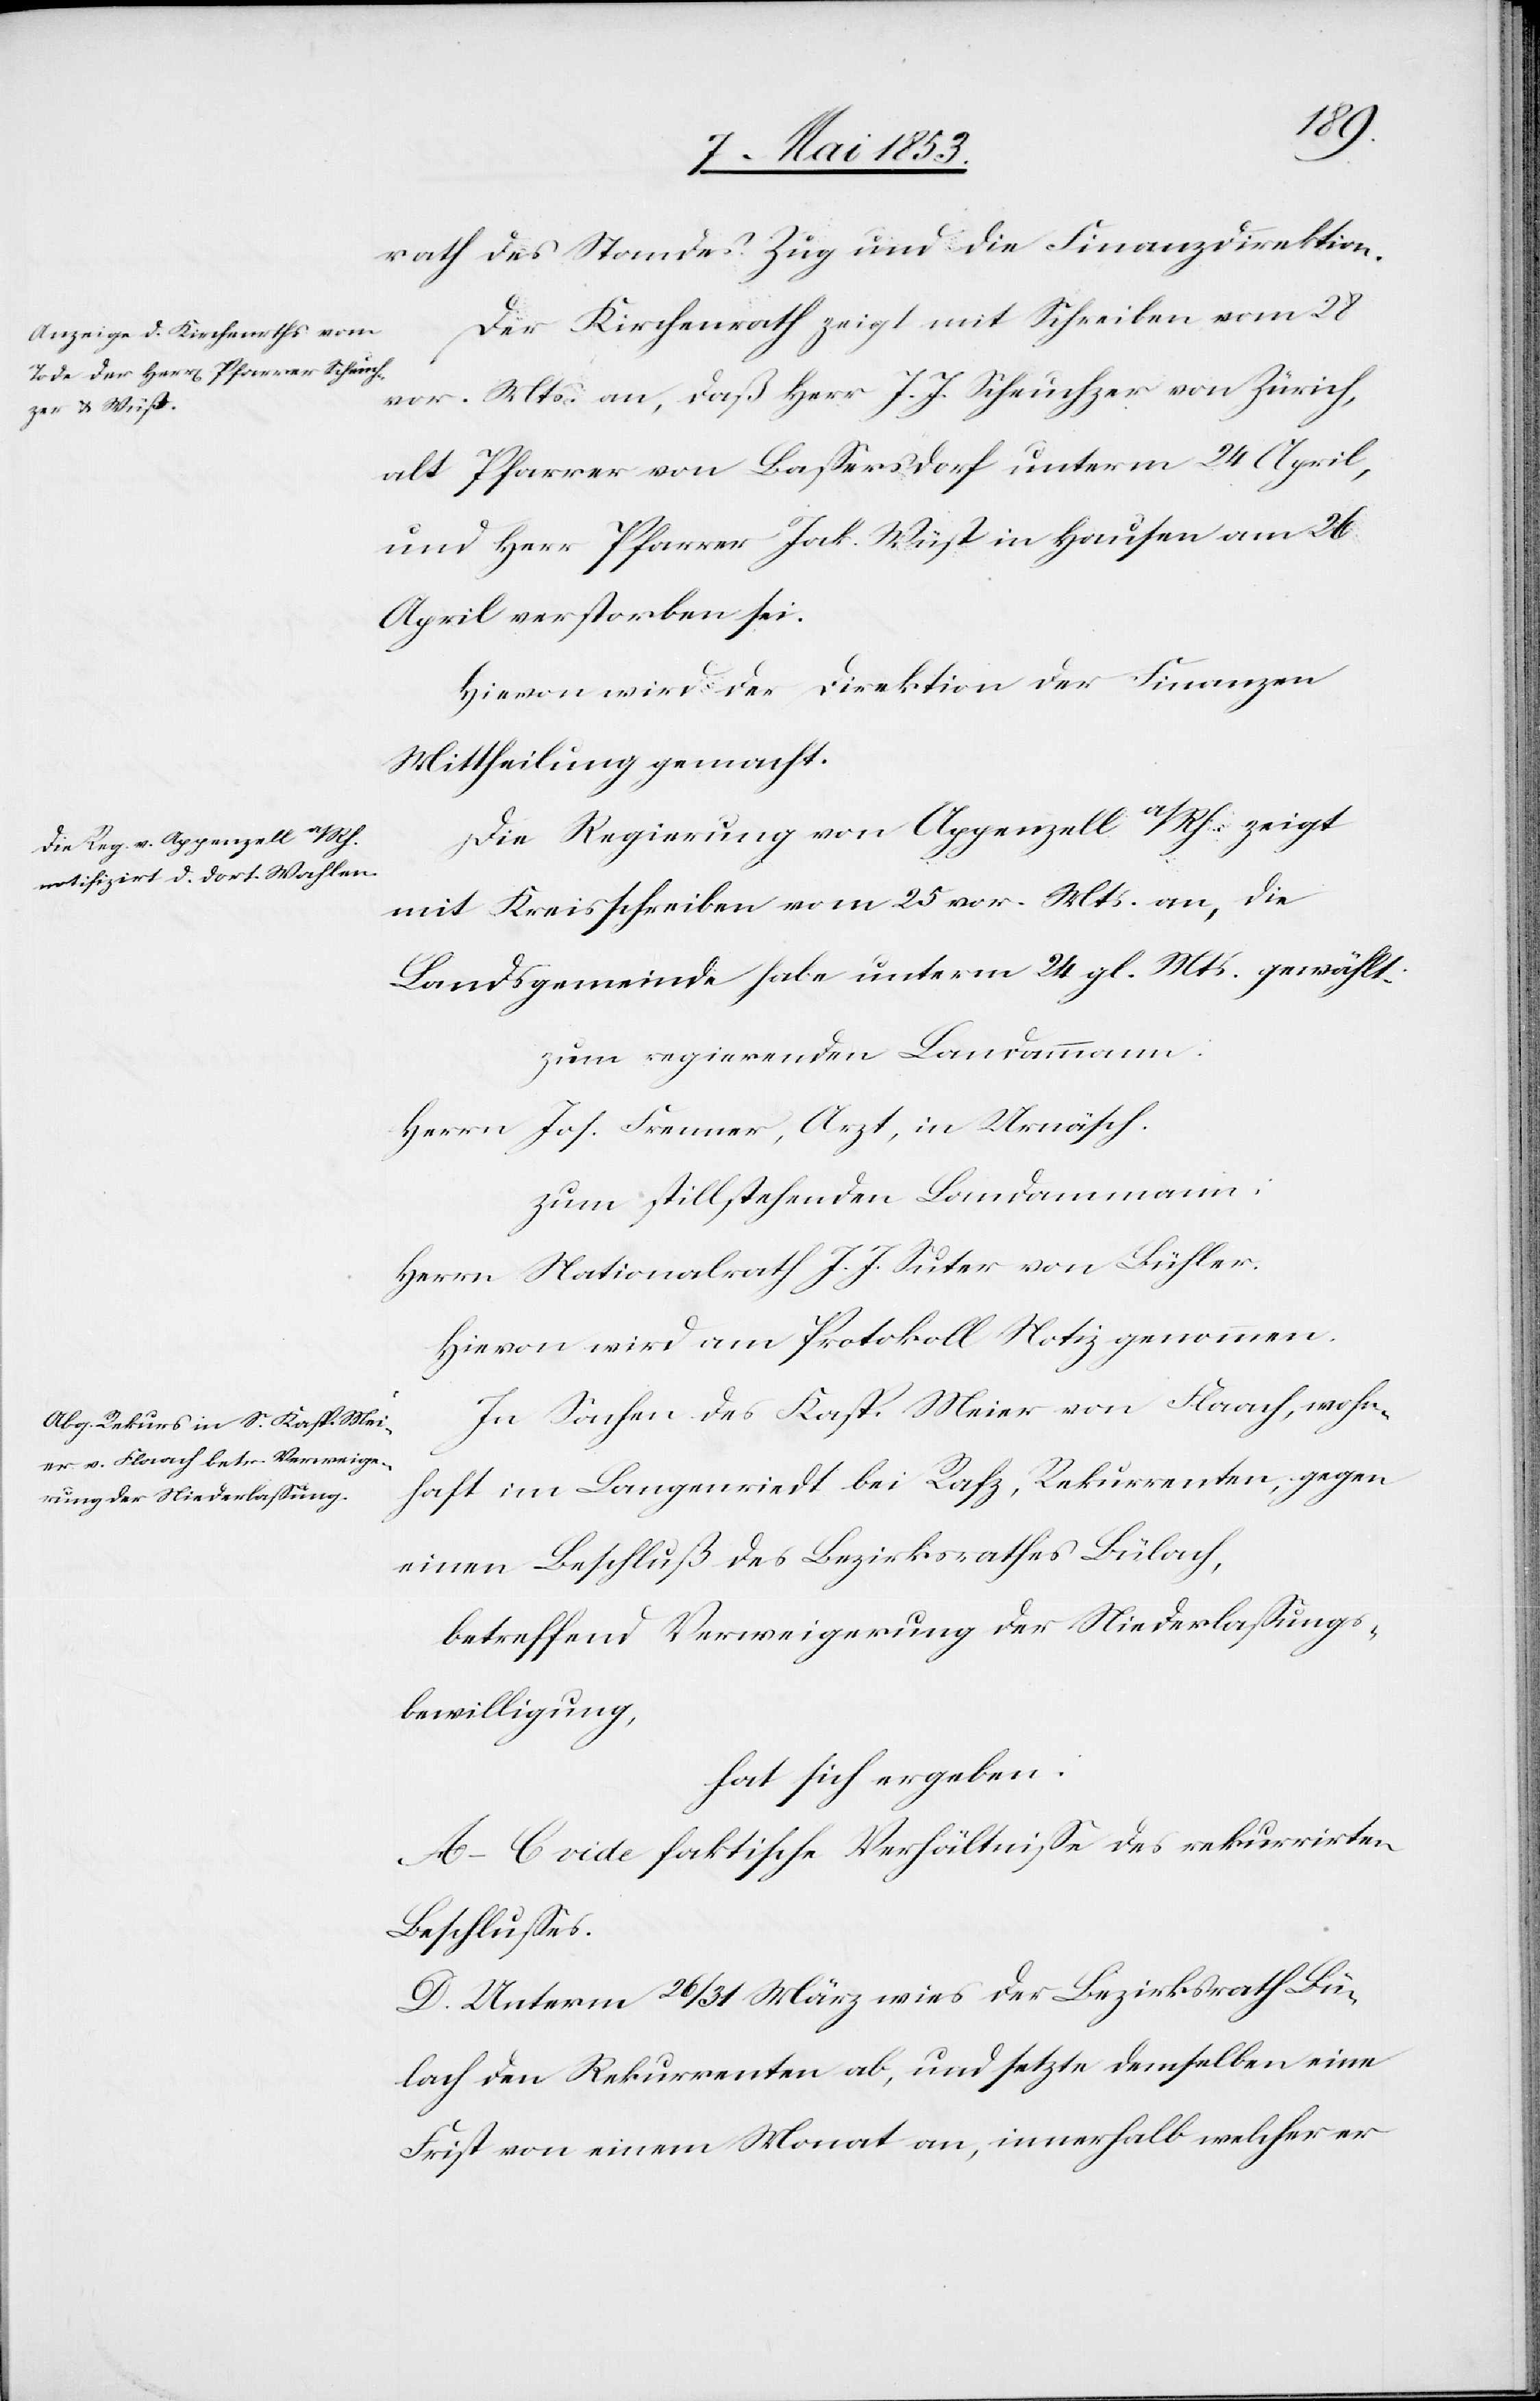
rath des Standes Zug und die Finanzdirektion.
Der Kirchenrath zeigt mit Schreiben vom 28
vor. Mts. an, daß Herr J. J. Scheuchzer von Zürich,
alt Pfarrer von Baßersdorf unterm 24 April,
und Herr Pfarrer Jak. Wüst in Hausen am 26
April verstorben sei.
Hievon wird der Direktion der Finanzen
Mittheilung gemacht.
Die Regierung von Appenzell a/Rh. zeigt
mit Kreisschreiben vom 25 vor. Mts. an, die
Landsgemeinde habe unterm 24 gl. Mts. gewählt:
zum regierenden Landammann.
Herrn Jos. Frenner, Arzt, in Urnäsch.
zum stillstehenden Landammann
Herrn Nationalrath J. J. Suter von Bühler.
Hievon wird am Protokoll Notiz genommen.
In Sachen des Kasp. Meier von Flaach, wohn¬
haft in Langenriedt bei Rafz, Rekurrenten, gegen
einen Beschluß des Bezirksrathes Bülach,
betreffend Verweigerung der Niederlaßungs¬
bewilligung,
hat sich ergeben:
A–C vide faktische Verhältniße des rekurrirten
Beschlußes.
D. Unterm 26/31 März wies der Bezirksrath Bü¬
lach den Rekurrenten ab, und setzte demselben eine
Frist von einem Monat an, innerhalb welcher er